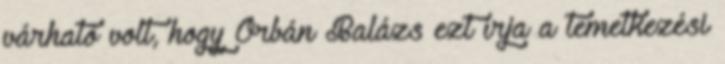
várható volt, hogy Orbán Balázs ezt írja a temetkezési